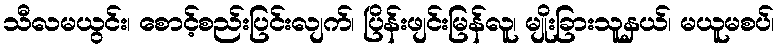
သီလမယွင်း၊ စောင့်စည်းပြင်းလျက်၊ ပြိန်းဖျင်းမြန်လူ၊ မျိုးခြားသူနှယ်၊ မယူမစပ်၊